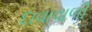
દાવાવાળી